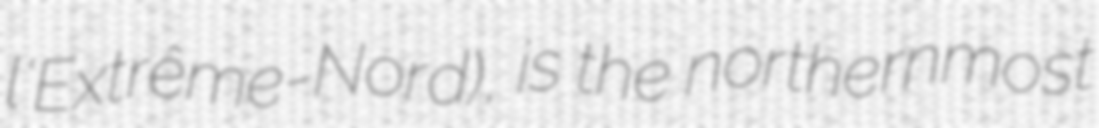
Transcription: l'Extrême-Nord), is the northernmost